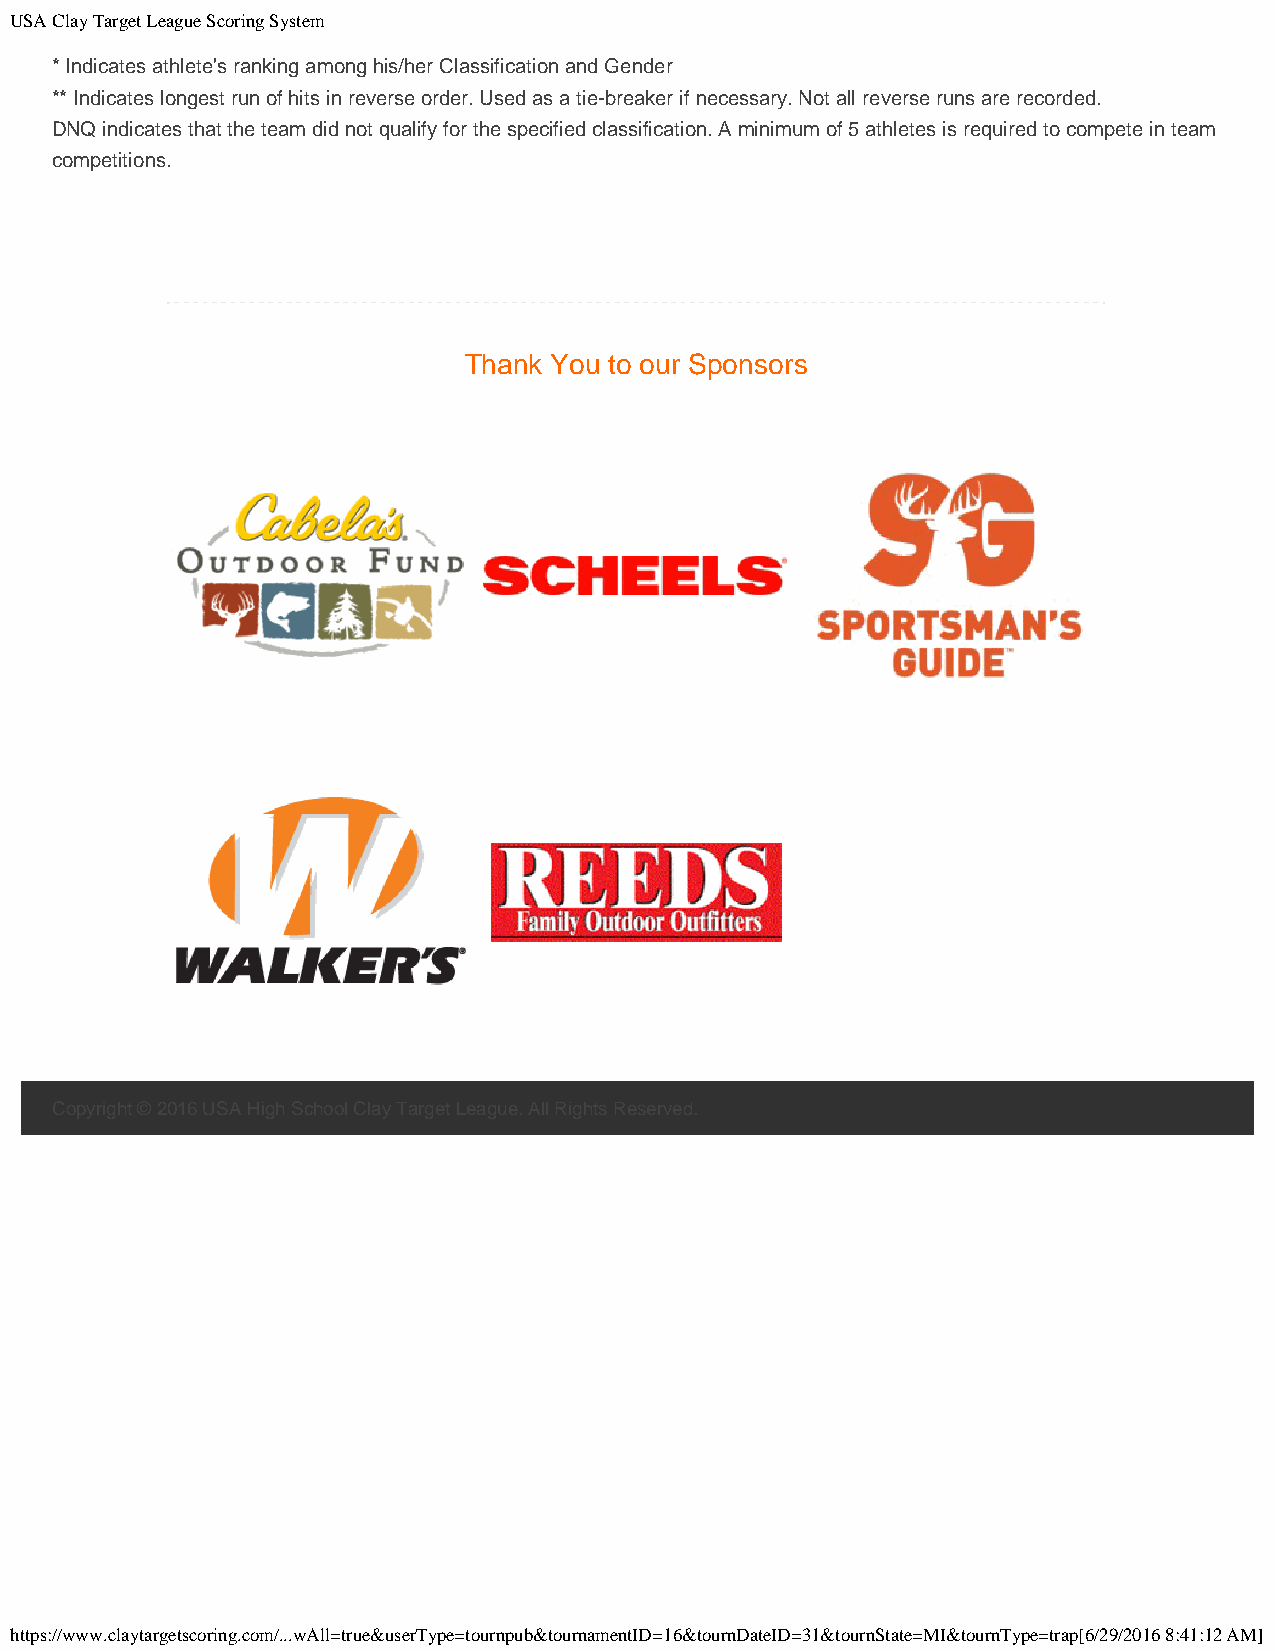
USA Clay Target League Scoring System
 * Indicates athlete's ranking among his/her Classification and Gender
 ** Indicates longest run of hits in reverse order. Used as a tie-breaker if necessary. Not all reverse runs are recorded.
 DNQ indicates that the team did not qualify for the specified classification. A minimum of 5 athletes is required to compete in team
 competitions.
 Thank You to our Sponsors
 Copyright © 2016 USA High School Clay Target League. All Rights Reserved.
 https://www.claytargetscoring.com/...wAll=true&userType=tournpub&tournamentID=16&tournDateID=31&tournState=MI&tournType=trap[6/29/2016 8:41:12 AM]